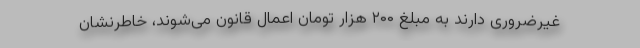
غیرضروری دارند به مبلغ ۲۰۰ هزار تومان اعمال قانون می‌شوند، خاطرنشان